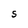
Character: S